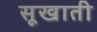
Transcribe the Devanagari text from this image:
सूखाती